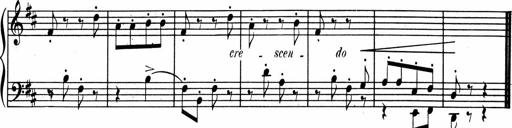
Title: 1Ã¨re Sonatine
Composer: FrÃ©dÃ©ric Binet